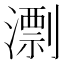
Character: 𣿖